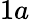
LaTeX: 1a